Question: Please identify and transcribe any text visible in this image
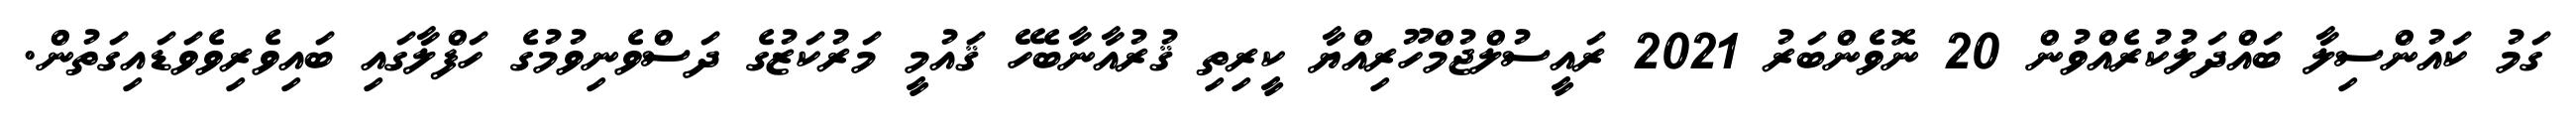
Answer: ގަމު ކައުންސިލާ ބައްދަލުކުރެއްވުން 20 ނޮވެންބަރު 2021 ރައީސުލްޖުމްހޫރިއްޔާ ކީރިތި ޤުރުއާނާބެހޭ ޤައުމީ މަރުކަޒުގެ ދަސްވެނިވުމުގެ ހަފްލާގައި ބައިވެރިވެވަޑައިގަތުން.